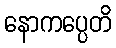
နောကပ္ပေတိ